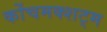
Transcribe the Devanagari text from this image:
कोंचमक्शट्म